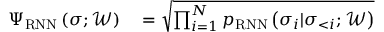
\begin{array} { r l } { \Psi _ { \mathrm { R N N } } \left( \boldsymbol { \sigma } ; \mathcal { W } \right) } & { { } = \sqrt { \prod _ { i = 1 } ^ { N } p _ { \mathrm { R N N } } \left( \sigma _ { i } | \sigma _ { < i } ; \mathcal { W } \right) } } \end{array}